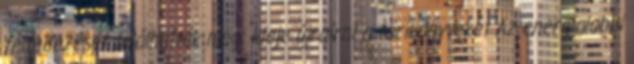
felfedezését találhatták meg: ideje újraírni a törikönyveket Az energialobbi